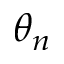
\theta _ { n }